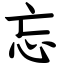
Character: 忘